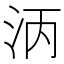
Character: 𬇞